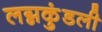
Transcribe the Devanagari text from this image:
लग्नकुंडली